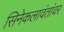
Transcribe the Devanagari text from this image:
सिनेकलावंतांवर